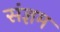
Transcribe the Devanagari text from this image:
संज्ञम